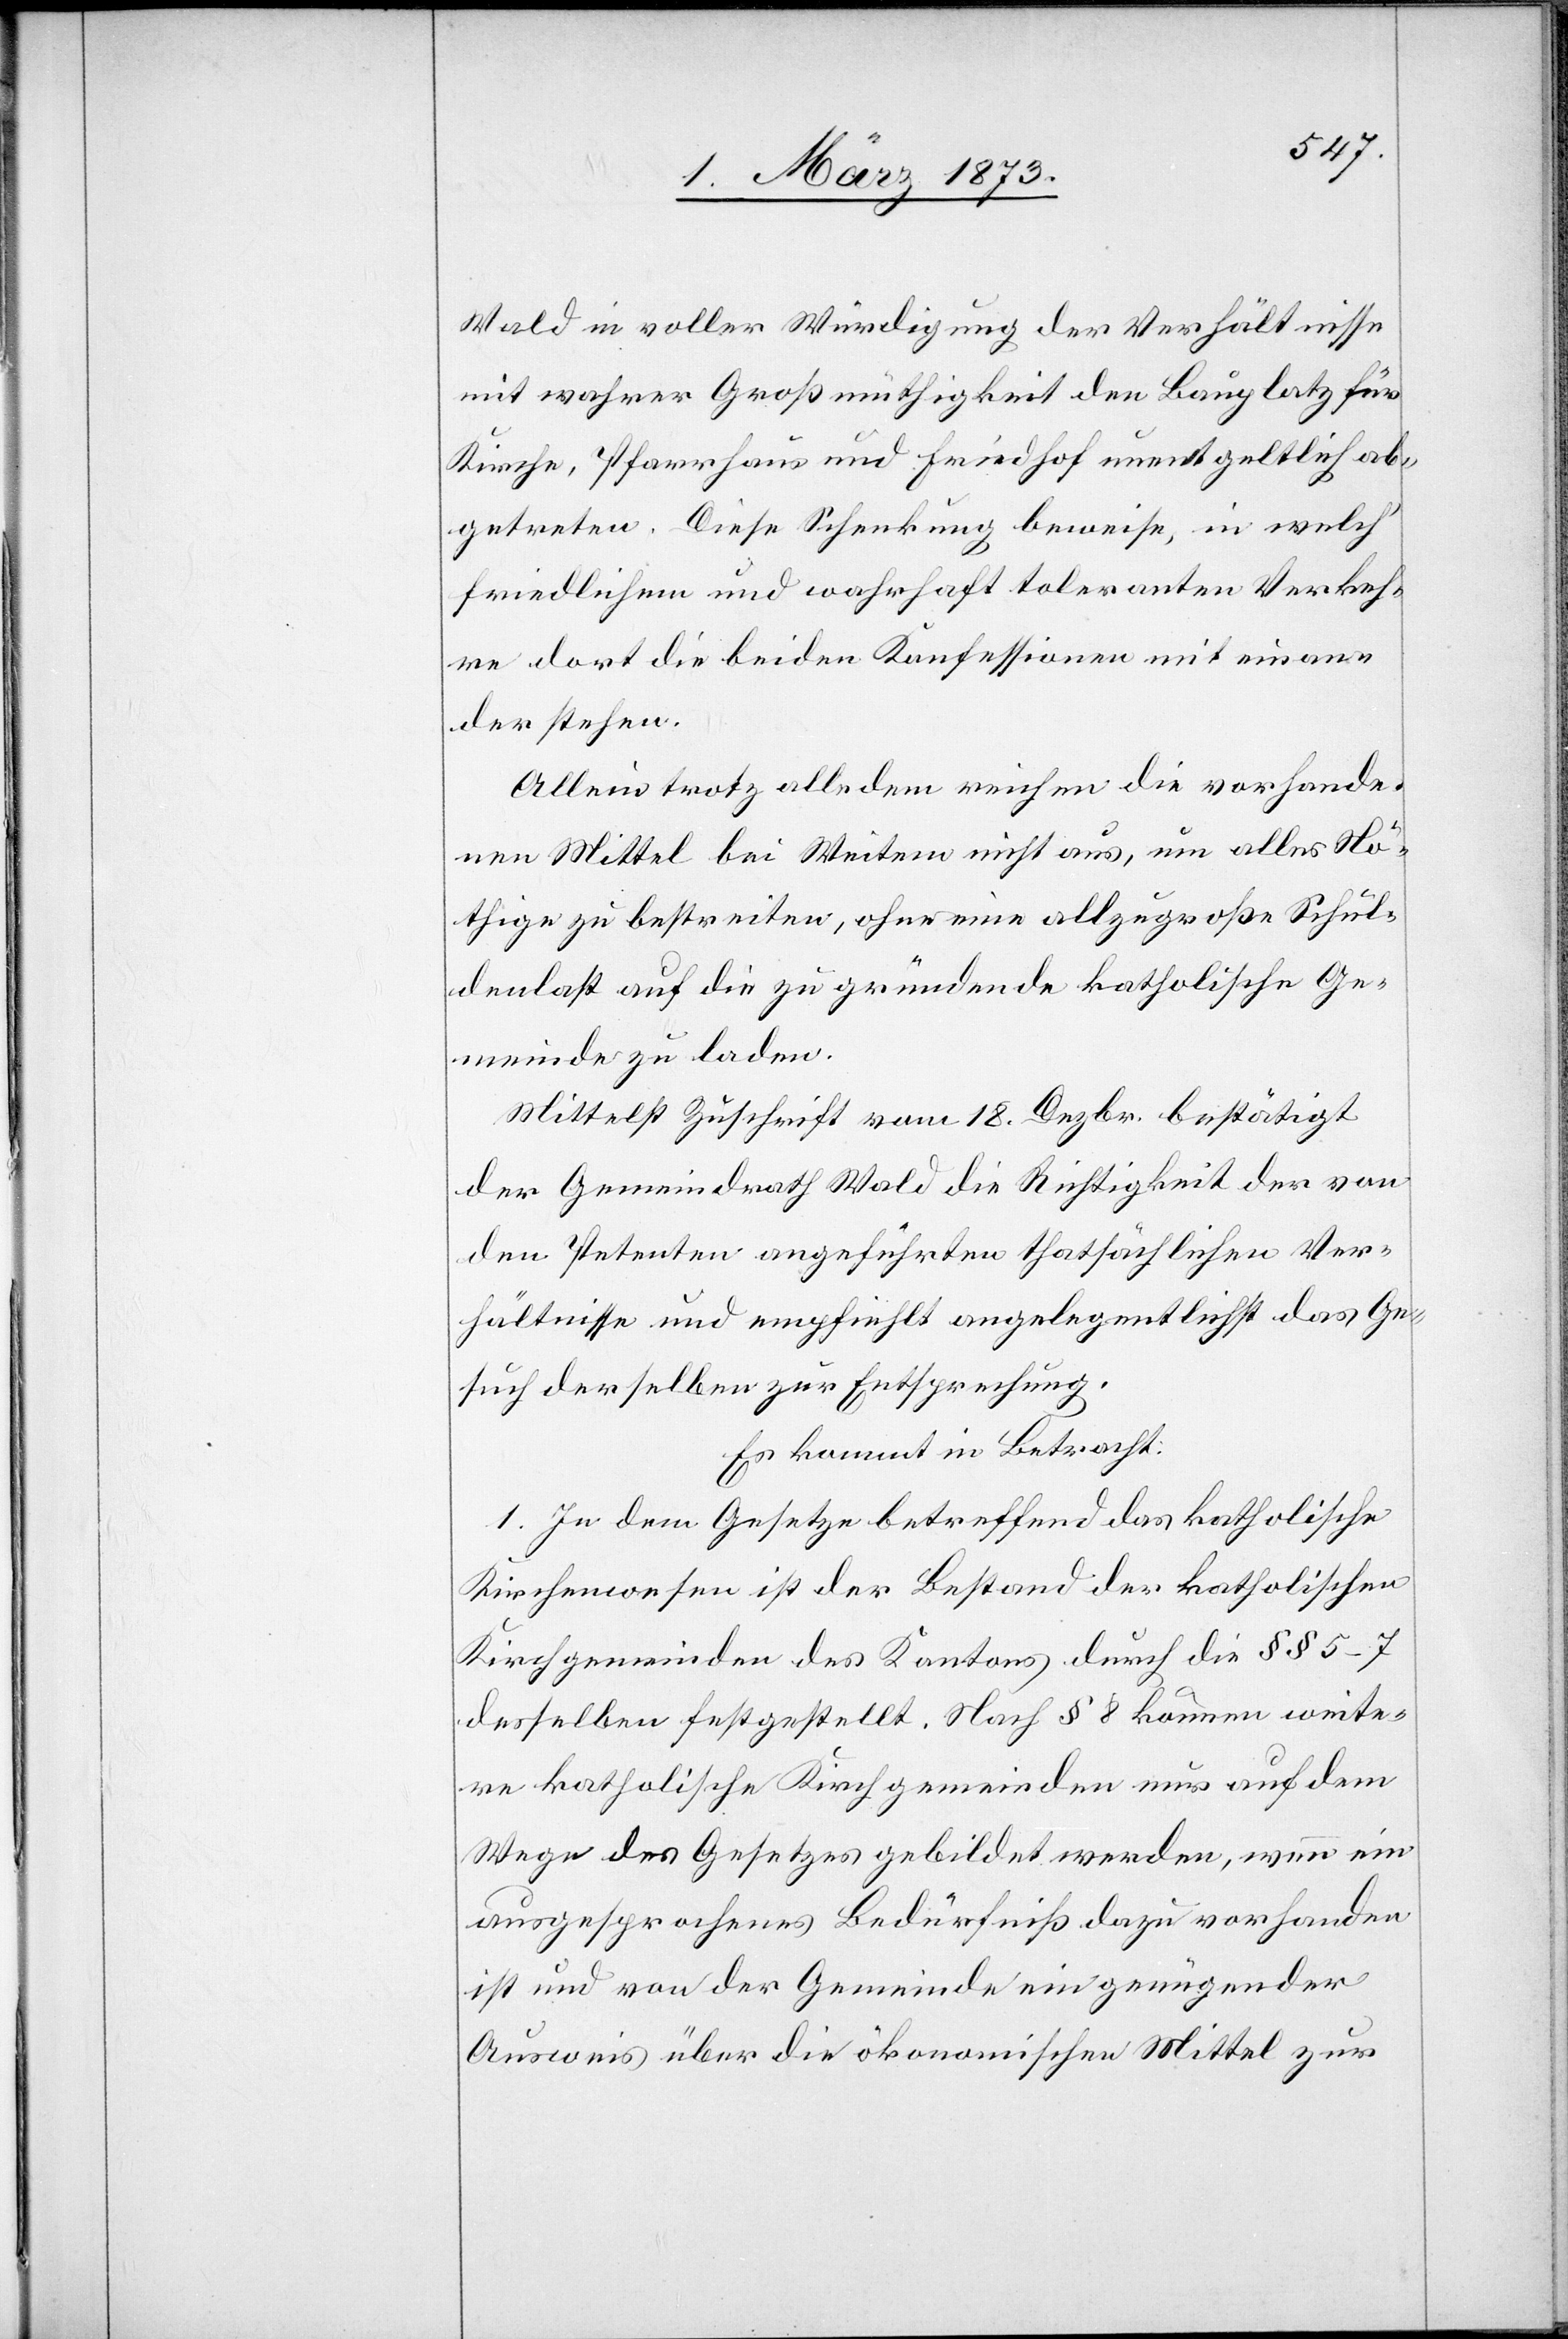
Wald in voller Würdigung der Verhältnisse
mit wahrer Großmüthigkeit den Bauplatz für
Kirche, Pfarrhaus und Friedhof unentgeltlich ab¬
getreten. Diese Schenkung beweise, in welch’
friedlichem und wahrhaft toleranten Verkeh¬
re dort die beiden Konfessionen mit einan¬
der stehen.
Allein trotz alledem reichen die vorhande¬
nen Mittel bei Weitem nicht aus, um alles Nö¬
thige zu bestreiten, ohne eine allzugroße Schul¬
denlast auf die zu gründende katholische Ge¬
meinde zu laden.
Mittelst Zuschrift vom 18. Dezbr. bestätigt
der Gemeindrath Wald die Richtigkeit der von
den Petenten angeführten thatsächlichen Ver¬
hältnisse und empfiehlt angelegentlichst das Ge¬
such derselben zur Entsprechung.
Es kommt in Betracht:
1. In dem Gesetze betreffend das katholische
Kirchenwesen ist der Bestand der katholischen
Kirchgemeinden des Kantons durch die §§ 5–7
desselben festgestellt. Nach § 8 können weite¬
re katholische Kirchgemeinden nur auf dem
Wege des Gesetzes gebildet werden, wenn ein
ausgesprochenes Bedürfniß dazu vorhanden
ist und von der Gemeinde ein genügender
Ausweis über die ökonomischen Mittel zur